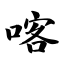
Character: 喀